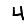
Digit: 4